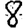
Digit: 8